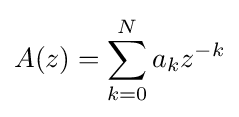
A(z)=\sum _{k=0}^{N}a_{k}z^{-k}